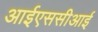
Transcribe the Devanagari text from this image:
आईएससीआई